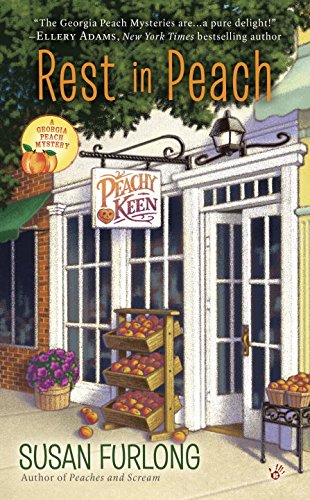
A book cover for Rest in Peach: A Georgia Peach Mystery; Susan Furlong; Mystery, Thriller & Suspense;